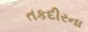
તકદીરના